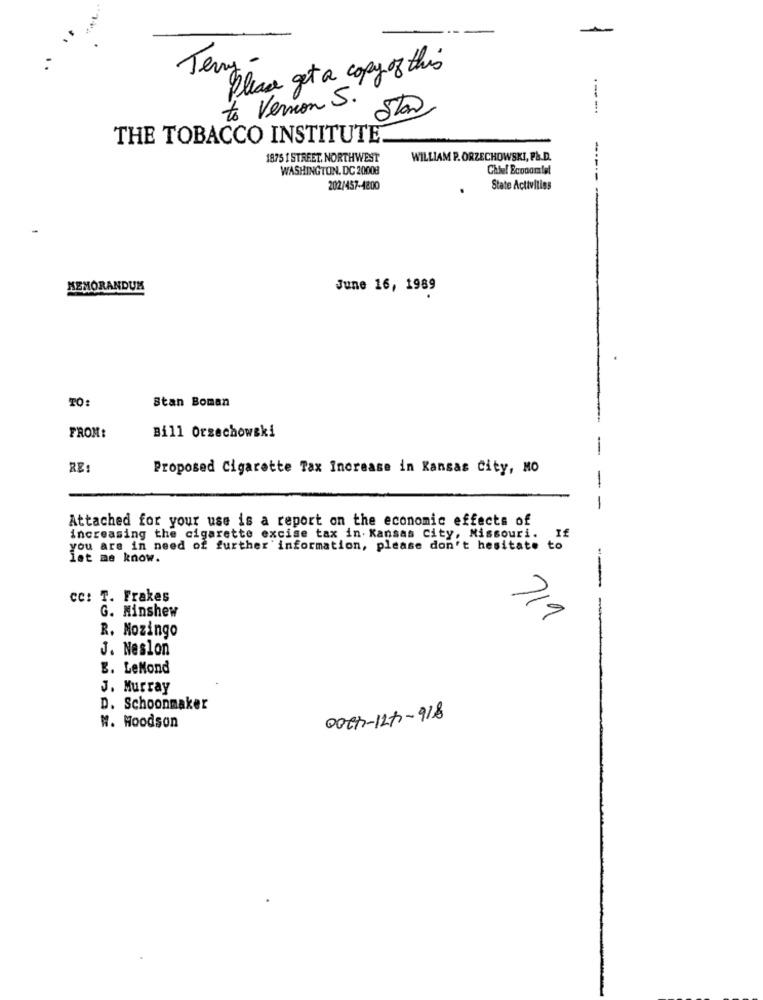
Terry -
Please get a copy of this
to Vernon S.
---.
THE TOBACCO INSTITUTE
1875 1 STREET. NORTHWEST
WILLIAM P. ORZECHOWSKI, F&.D.
WASHINGTON, DC 20008
Chief Economist
202/457-4200
State Activities
MEMORANDUM
June 16, 1989
TO
Stan Boman
FROM:
Bill Orzechowski
-
RE:
Proposed Cigarette Tax Increase in Kansas City, NO
-
-
Attached for your use is a report on the economic effects of
increasing the cigarette excise tax in. Kansas City, Missouri.
If
you are in need of further information, please don't hesitate to
let me know.
CC: T. Frakes
G. Minshew
719
R. Mozingo
J. Neslon
B. LeMond
J. Murray
D. Schoonmaker
DOCT-127-918
W. Hoodson